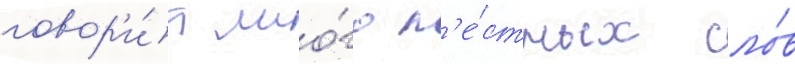
говор'и́т мно́го л'е́стных сло́в